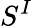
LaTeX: S^{I}